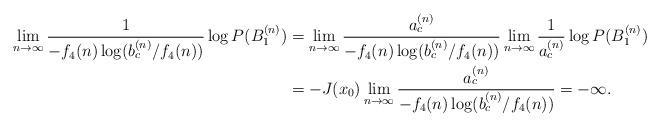
LaTeX: \begin{align*}\lim_{n\to\infty}\frac{1}{-f_4(n)\log(b_c^{(n)}/f_4(n))}\log P(B_1^{(n)})&=\lim_{n\to\infty}\frac{a_c^{(n)}}{-f_4(n)\log(b_c^{(n)}/f_4(n))}\lim_{n\to\infty}\frac{1}{a_c^{(n)}}\log P(B_1^{(n)})\\&=-J(x_0)\lim_{n\to\infty}\frac{a_c^{(n)}}{-f_4(n)\log(b_c^{(n)}/f_4(n))}=-\infty.\end{align*}